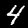
Label: 4